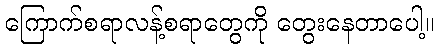
ကြောက်စရာလန့်စရာတွေကို တွေးနေတာပေါ့။